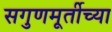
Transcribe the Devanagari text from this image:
सगुणमूर्तीच्या